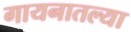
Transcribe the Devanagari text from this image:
गायनातल्या